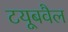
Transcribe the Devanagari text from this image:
टयूबवैल